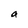
Character: a